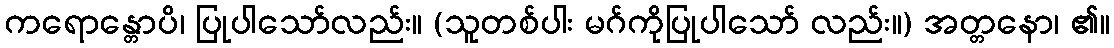
ကရောန္တောပိ၊ ပြုပါသော်လည်း။ (သူတစ်ပါး မဂ်ကိုပြုပါသော် လည်း။) အတ္တနော၊ ၏။